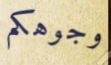
وجوهكم